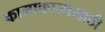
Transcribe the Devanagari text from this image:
कामाकाजासाठी